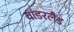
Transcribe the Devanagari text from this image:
वांडरलैंड